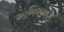
અભિભાષણ